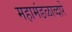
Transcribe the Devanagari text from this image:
महामंडळाव्दारे